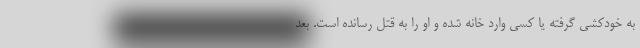
به خودکشی گرفته یا کسی وارد خانه شده و او را به قتل رسانده است. بعد